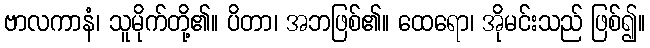
ဗာလကာနံ၊ သူမိုက်တို့၏။ ပိတာ၊ အဘဖြစ်၏။ ထေရော၊ အိုမင်းသည် ဖြစ်၍။